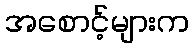
အစောင့်များက